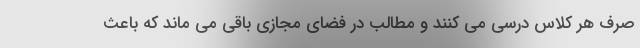
صرف هر کلاس درسی می کنند و مطالب در فضای مجازی باقی می ماند که باعث